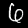
Digit: 6